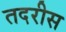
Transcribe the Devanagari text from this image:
तदरीस